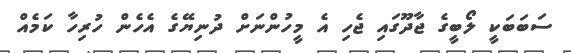
ސަބަބަކީ ލޯބީގެ ޖާދޫގައި ޖެހި އެ މީހުންނަށް ދުނިޔޭގެ އެހެން ހުރިހާ ކަމެއް